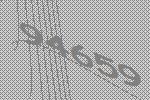
94659